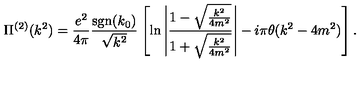
\Pi ^ { ( 2 ) } ( k ^ { 2 } ) = \frac { e ^ { 2 } } { 4 \pi } \frac { \mathrm { s g n } ( k _ { 0 } ) } { \sqrt { k ^ { 2 } } } \left[ \ln \left| \frac { 1 - \sqrt { \frac { k ^ { 2 } } { 4 m ^ { 2 } } } } { 1 + \sqrt { \frac { k ^ { 2 } } { 4 m ^ { 2 } } } } \right| - i \pi \theta ( k ^ { 2 } - 4 m ^ { 2 } ) \right] .